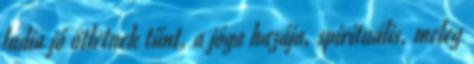
India jó ötletnek tűnt, a jóga hazája, spirituális, meleg